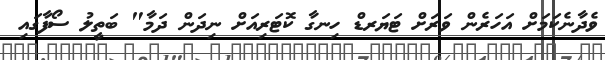
ވެދާނެކަމަށް އަހަރެން ވަރަށް ޓަޔަރޑް ހިނގާ ކޮޓަރިއަށް ނިދަން ދަމާ" ބަތީލު ސޯފާގައި